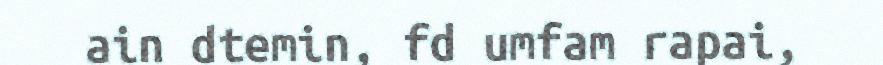
ain dtemin, fd umfam rapai,